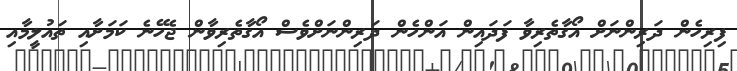
ފިރިހެން ދަރިންނަށް އޯގާތެރިވާ ފަދައިން އަންހެން ދަރިންނަށްވެސް އޯގާތެރިވާން ޖެހޭނެ ކަމަށާއި ތައުލީމާއި